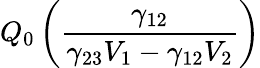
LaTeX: Q_{0}\left(\frac{\gamma_{12}}{\gamma_{23}V_{1}-\gamma_{12}V_{2}}\right)